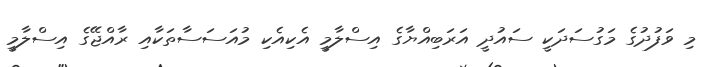
މި ވަފުދުގެ މަގުސަދަކީ ސައުދީ އަރަބިއްޔާގެ އިސްލާމީ އެކިއެކި މުއަސަސާތަކާއި ރާއްޖޭގެ އިސްލާމީ